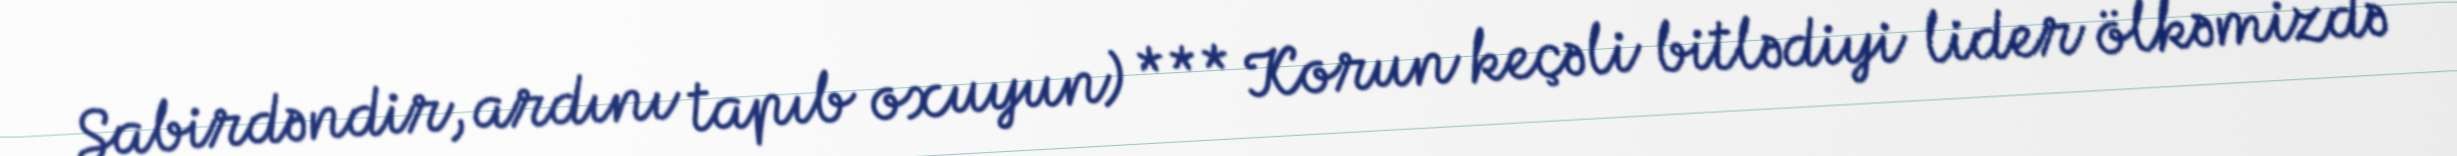
Sabirdəndir, ardını tapıb oxuyun) *** Korun keçəli bitlədiyi lider ölkəmizdə